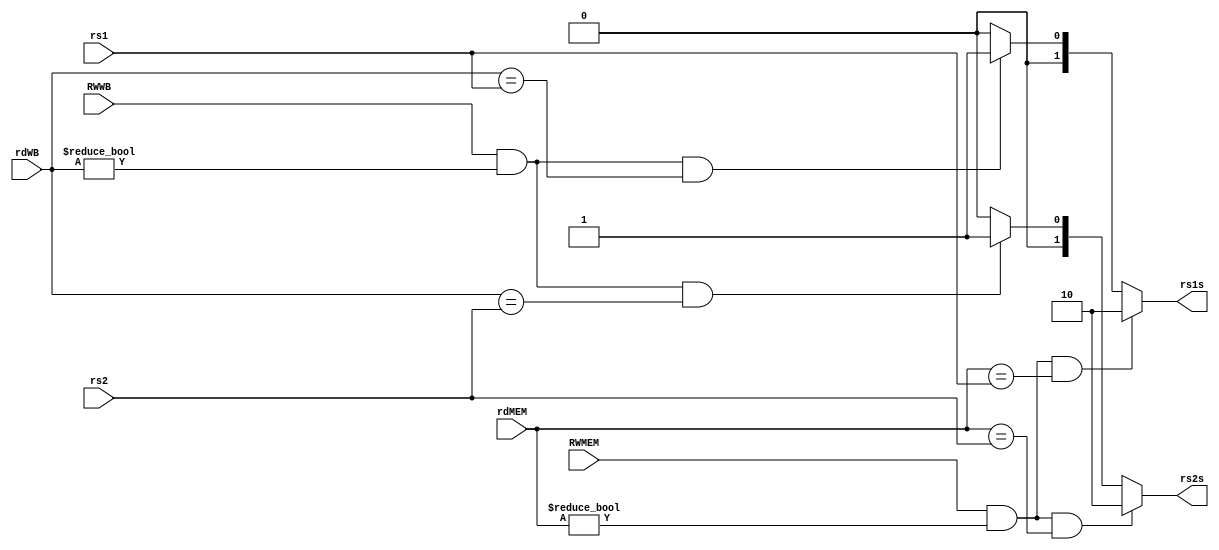
`timescale 1ns / 1ps
//////////////////////////////////////////////////////////////////////////////////
// Company: 
// Engineer: 
// 
// Design Name: 
// Module Name: FU
// Project Name: 
// Target Devices: 
// Tool Versions: 
// Description: 
// 
// Dependencies: 
// 
// Revision:
// Revision 0.01 - File Created
// Additional Comments:
// 
//////////////////////////////////////////////////////////////////////////////////


module FU(input [4:0]rs1,input [4:0]rs2,input [4:0]rdMEM, input [4:0]rdWB,input RWMEM,input RWWB,output reg [1:0]rs1s, output reg [1:0]rs2s);
always @(*)
begin

if(((RWMEM==1)&&(rdMEM!=0))&&((rdMEM==rs1)))
rs1s = 2'b10;
else if (((RWWB==1)&&(rdWB!=0))&&((rdWB==rs1)))
rs1s = 2'b01;
else
rs1s = 2'b00;


if(((RWMEM)&&(rdMEM!=0))&&((rdMEM==rs2)))
rs2s = 2'b10;
else if(((RWWB)&&(rdWB!=0))&&((rdWB==rs2)))
rs2s = 2'b01;
else
rs2s = 2'b00;
end

endmodule